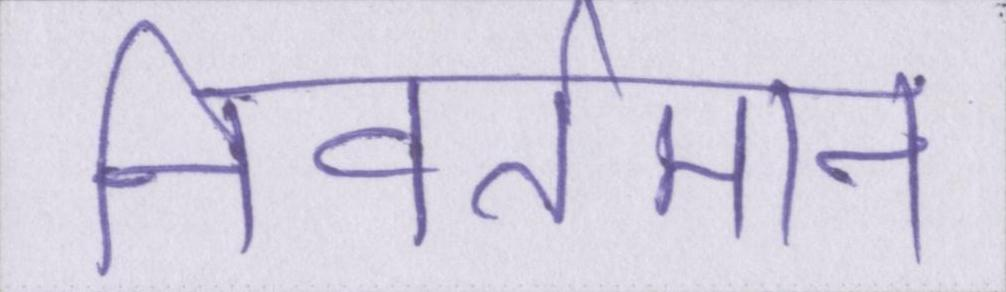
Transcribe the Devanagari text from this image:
निवर्तमान